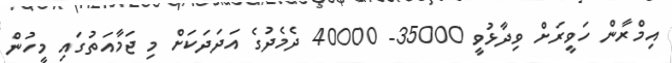
އިމްރާން ހަވީރަށް ވިދާޅުވީ 35000- 40000 ދެމެދުގެ އަދަދަކަށް މި ޖަމާއަތުގައި މީހުން